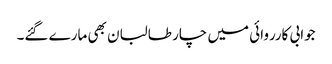
جوابی کارروائی میں چار طالبان بھی مارے گئے۔